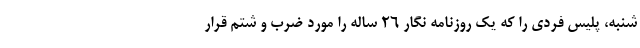
شنبه، پلیس فردی را که یک روزنامه نگار ۲۶ ساله را مورد ضرب و شتم قرار